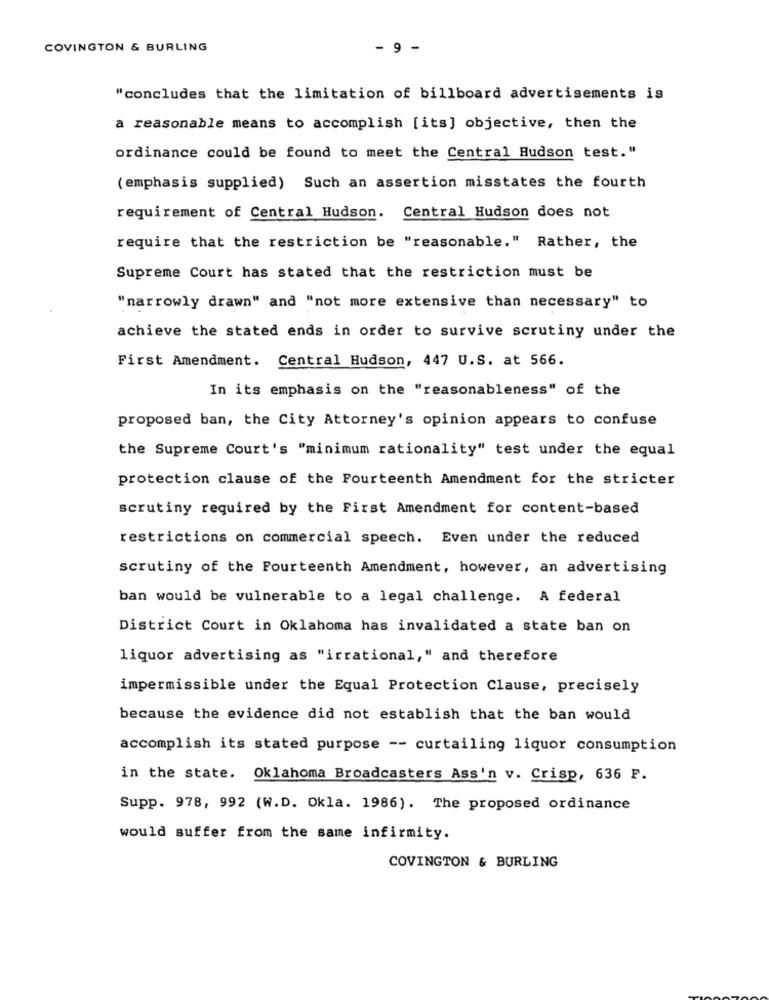
COVINGTON & BURLING
- 9 -
"concludes that the limitation of billboard advertisements is
a reasonable means to accomplish [its] objective, then the
ordinance could be found to meet the Central Hudson test."
(emphasis supplied) Such an assertion misstates the fourth
requirement of Central Hudson. Central Hudson does not
require that the restriction be "reasonable." Rather, the
Supreme Court has stated that the restriction must be
"narrowly drawn" and "not more extensive than necessary" to
achieve the stated ends in order to survive scrutiny under the
First Amendment. Central Hudson, 447 U.S. at 566.
In its emphasis on the "reasonableness" of the
proposed ban, the City Attorney's opinion appears to confuse
the Supreme Court's "minimum rationality" test under the equal
protection clause of the Fourteenth Amendment for the stricter
scrutiny required by the First Amendment for content-based
restrictions on commercial speech. Even under the reduced
scrutiny of the Fourteenth Amendment, however, an advertising
ban would be vulnerable to a legal challenge. A federal
District Court in Oklahoma has invalidated a state ban on
liquor advertising as "irrational," and therefore
impermissible under the Equal Protection Clause, precisely
because the evidence did not establish that the ban would
accomplish its stated purpose -- curtailing liquor consumption
in the state. Oklahoma Broadcasters Ass'n v. Crisp, 636 F.
Supp. 978, 992 (W.D. Okla. 1986). The proposed ordinance
would suffer from the same infirmity.
COVINGTON & BURLING